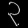
Digit: ၃